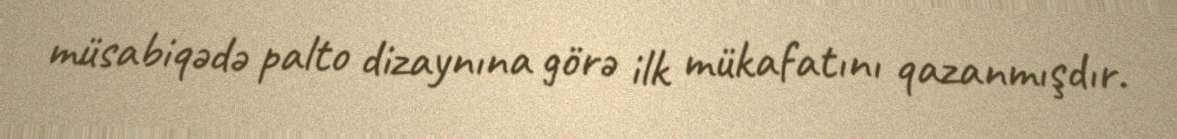
müsabiqədə palto dizaynına görə ilk mükafatını qazanmışdır.